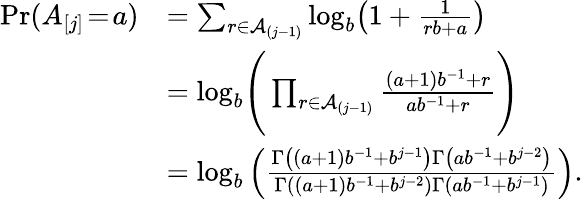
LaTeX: \begin{array}{rl}{\operatorname*{Pr}(A_{[j]}\! =\! a)}&{=\sum_{r\in\mathcal{A}_{(j-1)}}\log_{b}\! \left(1+\frac{1}{rb+a}\right)}\\ &{=\log_{b}\! \Bigg(\prod_{r\in\mathcal{A}_{(j-1)}}\frac{(a+1)b^{-1}+r}{ab^{-1}+r}\Bigg)}\\ &{=\log_{b}\left(\frac{\Gamma\left((a+1)b^{-1}+b^{j-1}\right)\Gamma\left(ab^{-1}+b^{j-2}\right)}{\Gamma\left((a+1)b^{-1}+b^{j-2}\right)\Gamma\left(ab^{-1}+b^{j-1}\right)}\right).}\end{array}